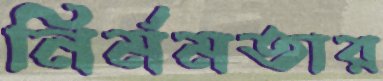
নির্মমতার